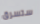
ستسرق